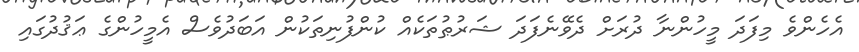
އެހެންވެ މިފަދަ މީހުންނާ ދުރަށް ދެވޭނެފަދަ ޝަރުޠުތަކެއް ކުންފުނިތަކުން އަބަދުވެސް އެމީހުންގެ ޢަޤުދުގައި